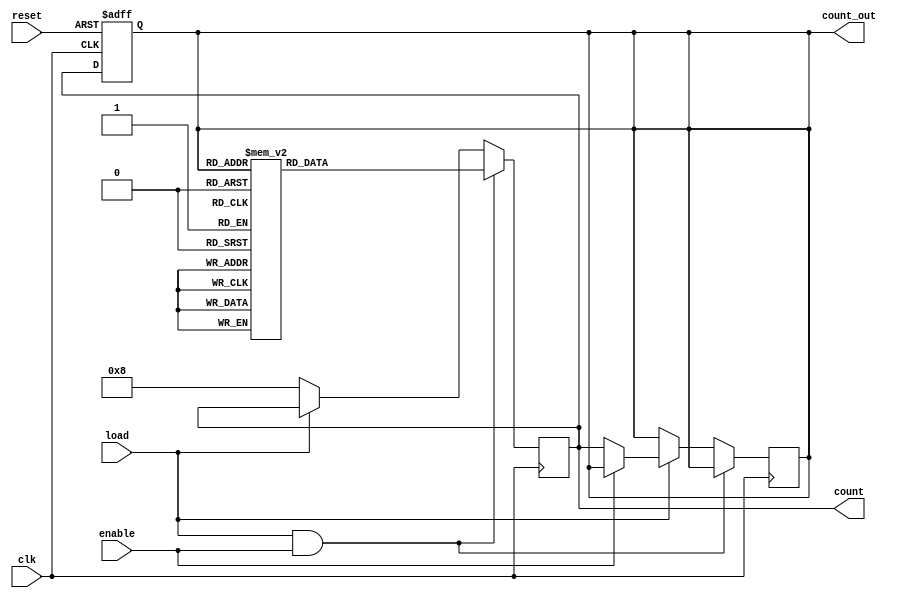
module counter4bit(
                   reset,
                   load,
                   enable,
                   clk,
                   count_out,
                   count
                   );

input reset, load, enable, clk;
output reg [3:0]count_out;
output reg [3:0]count;
parameter S0 = 8, S1 = 7, S2 = 11, S3 = 4, S4 = 9, S5 = 2, S6 = 5, S7 = 12, S8 = 6, S9 = 3, S10 = 15, S11 = 1, S12= 14, S13 = 13;

always @ (posedge clk or posedge reset)
   begin
      if (reset)
         count_out <= S0;
      else
         count_out <= count;
   end

always @ (posedge clk)
   begin
      if (load && enable)
         begin
            case(count_out)
               S0       :  count <= S1 ;
               S1       :  count <= S2 ;
               S2       :  count <= S3 ;
               S3       :  count <= S4 ;
               S4       :  count <= S5 ;
               S5       :  count <= S6 ;
               S6       :  count <= S7 ;
               S7       :  count <= S8 ;
               S8       :  count <= S9 ;
               S9       :  count <= S10;
               S10      :  count <= S11;
               S11      :  count <= S12;
               S12      :  count <= S13;
               S13      :  count <= S0 ;
               default  :  count <= S0 ; 
            endcase
         end
      else if (load == 0)
         count <= S0;
      else if (enable == 0)
         count_out <= count;
   end            

endmodule